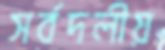
সর্বদলীয়